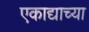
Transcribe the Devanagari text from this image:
एकाद्याच्या